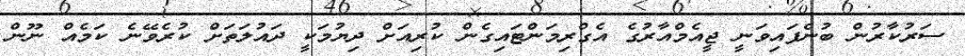
ސަރުކާރުން ބުނެފައިވަނީ ޖީއެމްއާރުގެ އެގްރިމަންޓައިގެން ކުރިއަށް ދިޔުމަކީ ދައުލަތަށް ކުރެވޭނެ ކަމެއް ނޫން